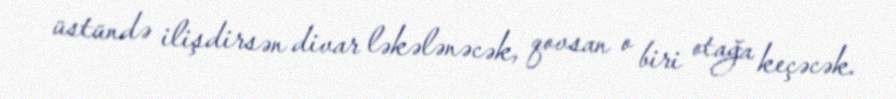
üstündə ilişdirsən divar ləkələnəcək, qovsan o biri otağa keçəcək.